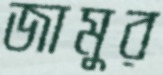
জামুর